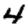
Digit: 4